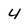
Character: 4